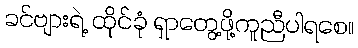
ခင်ဗျားရဲ့ ထိုင်ခုံ ရှာတွေ့ဖို့ကူညီပါရစေ။